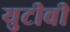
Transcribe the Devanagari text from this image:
युटीवी